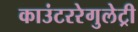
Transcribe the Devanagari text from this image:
काउंटररेगुलेट्री